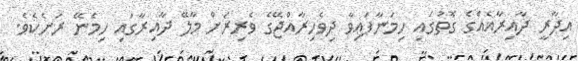
އިދާރީ ދާއިރާއެއްގެ ގޮތުގައި ހިމަނާފައިވާ ދިވެހިރާއްޖޭގެ ވެރިރަށް މާލޭ ދާއިރާގައި ހިމެނޭ ރަށެކެވެ.